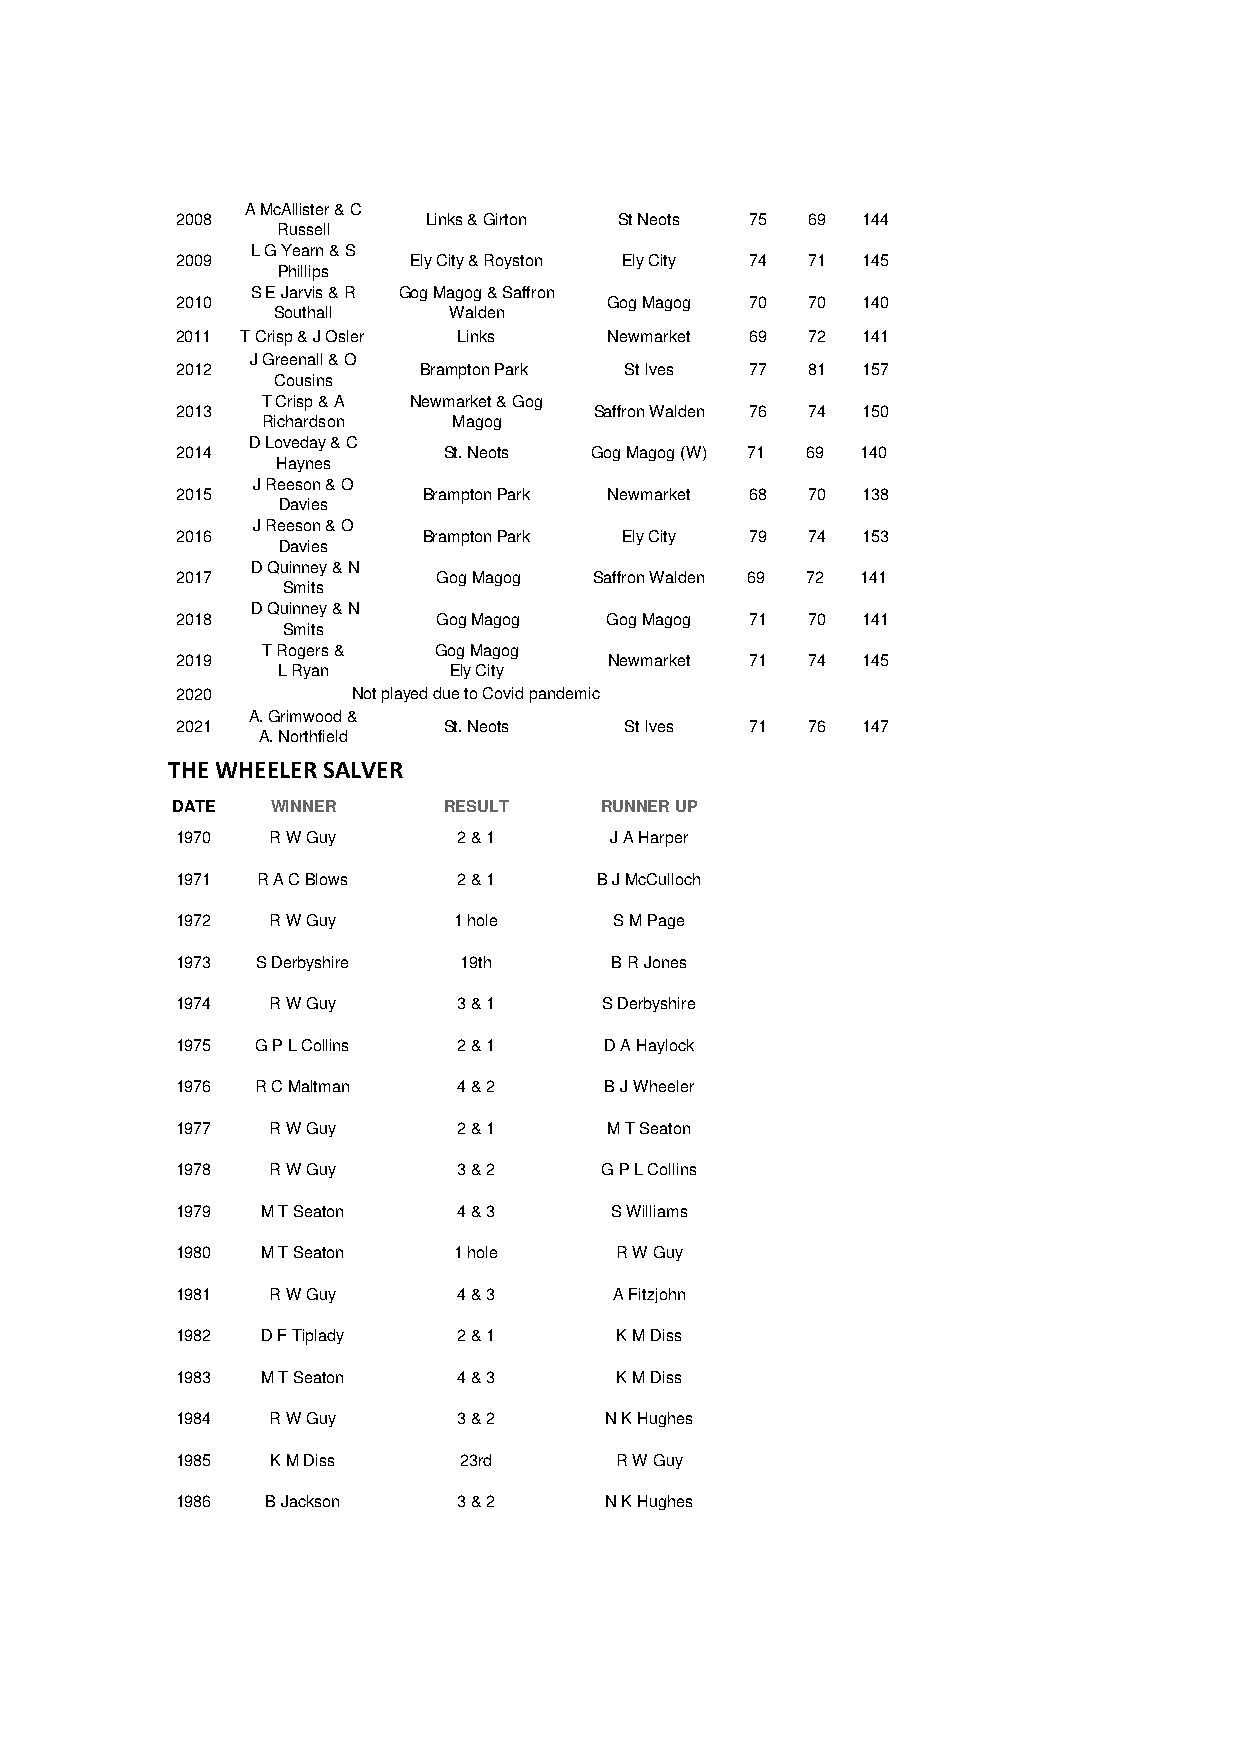
A McAllister & C
 2008            Links & Girton St Neots 75 69 144
 Russell
 L G Yearn & S
 2009           Ely City & Royston Ely City 74 71 145
 Phillips
 S E Jarvis & R Gog Magog & Saffron
 2010                        Gog Magog 70 70  140
 Southall    Walden
 2011 T Crisp & J Osler Links Newmarket 69 72 141
 J Greenall & O
 2012            Brampton Park St Ives 77 81  157
 Cousins
 T Crisp & A Newmarket & Gog
 2013                       Saffron Walden 76 74 150
 Richardson   Magog
 D Loveday & C
 2014             St. Neots Gog Magog (W) 71 69 140
 Haynes
 J Reeson & O
 2015            Brampton Park Newmarket 68 70 138
 Davies
 J Reeson & O
 2016            Brampton Park Ely City 79 74 153
 Davies
 D Quinney & N
 2017             Gog Magog Saffron Walden 69 72 141
 Smits
 D Quinney & N
 2018             Gog Magog  Gog Magog 71 70  141
 Smits
 T Rogers &  Gog Magog
 2019                        Newmarket 71 74  145
 L Ryan      Ely City
 2020       Not played due to Covid pandemic
 A. Grimwood &
 2021             St. Neots   St Ives  71 76  147
 A. Northfield
 THE WHEELER SALVER
 DATE   WINNER     RESULT     RUNNER UP
 1970  R W Guy     2 & 1     J A Harper
 1971 R A C Blows  2 & 1     B J McCulloch
 1972  R W Guy     1 hole     S M Page
 1973 S Derbyshire  19th      B R Jones
 1974  R W Guy     3 & 1     S Derbyshire
 1975 G P L Collins 2 & 1    D A Haylock
 1976 R C Maltman  4 & 2     B J Wheeler
 1977  R W Guy     2 & 1     M T Seaton
 1978  R W Guy     3 & 2     G P L Collins
 1979 M T Seaton   4 & 3     S Williams
 1980 M T Seaton   1 hole     R W Guy
 1981  R W Guy     4 & 3      A Fitzjohn
 1982 D F Tiplady  2 & 1      K M Diss
 1983 M T Seaton   4 & 3      K M Diss
 1984  R W Guy     3 & 2     N K Hughes
 1985  K M Diss    23rd       R W Guy
 1986  B Jackson   3 & 2     N K Hughes